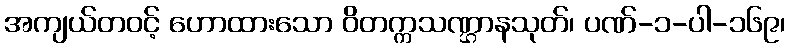
အကျယ်တဝင့် ဟောထားသော ဝိတက္ကသဏ္ဌာနသုတ်၊ ပဏ်-၁-ပါ-၁၆၉၊